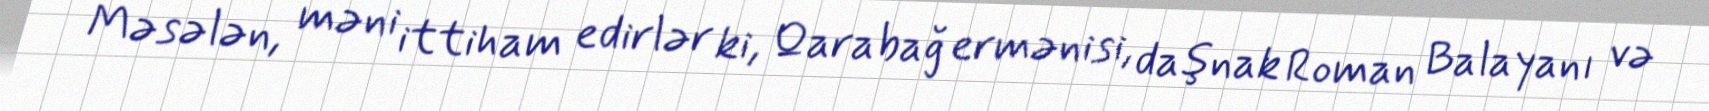
Məsələn, məni ittiham edirlər ki, Qarabağ ermənisi, daşnak Roman Balayanı və